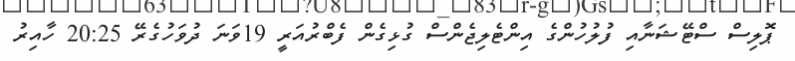
ޕޮލިސް ސްޓޭޝަނާއި ފުލުހުންގެ އިންޓެލިޖެންސް ގުޅިގެން ފެބްރުއަރީ 19ވަނަ ދުވަހުގެރޭ 20:25 ހާއިރު